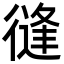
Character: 𢕝